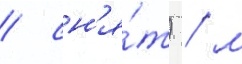
/ сн'я́т) / м